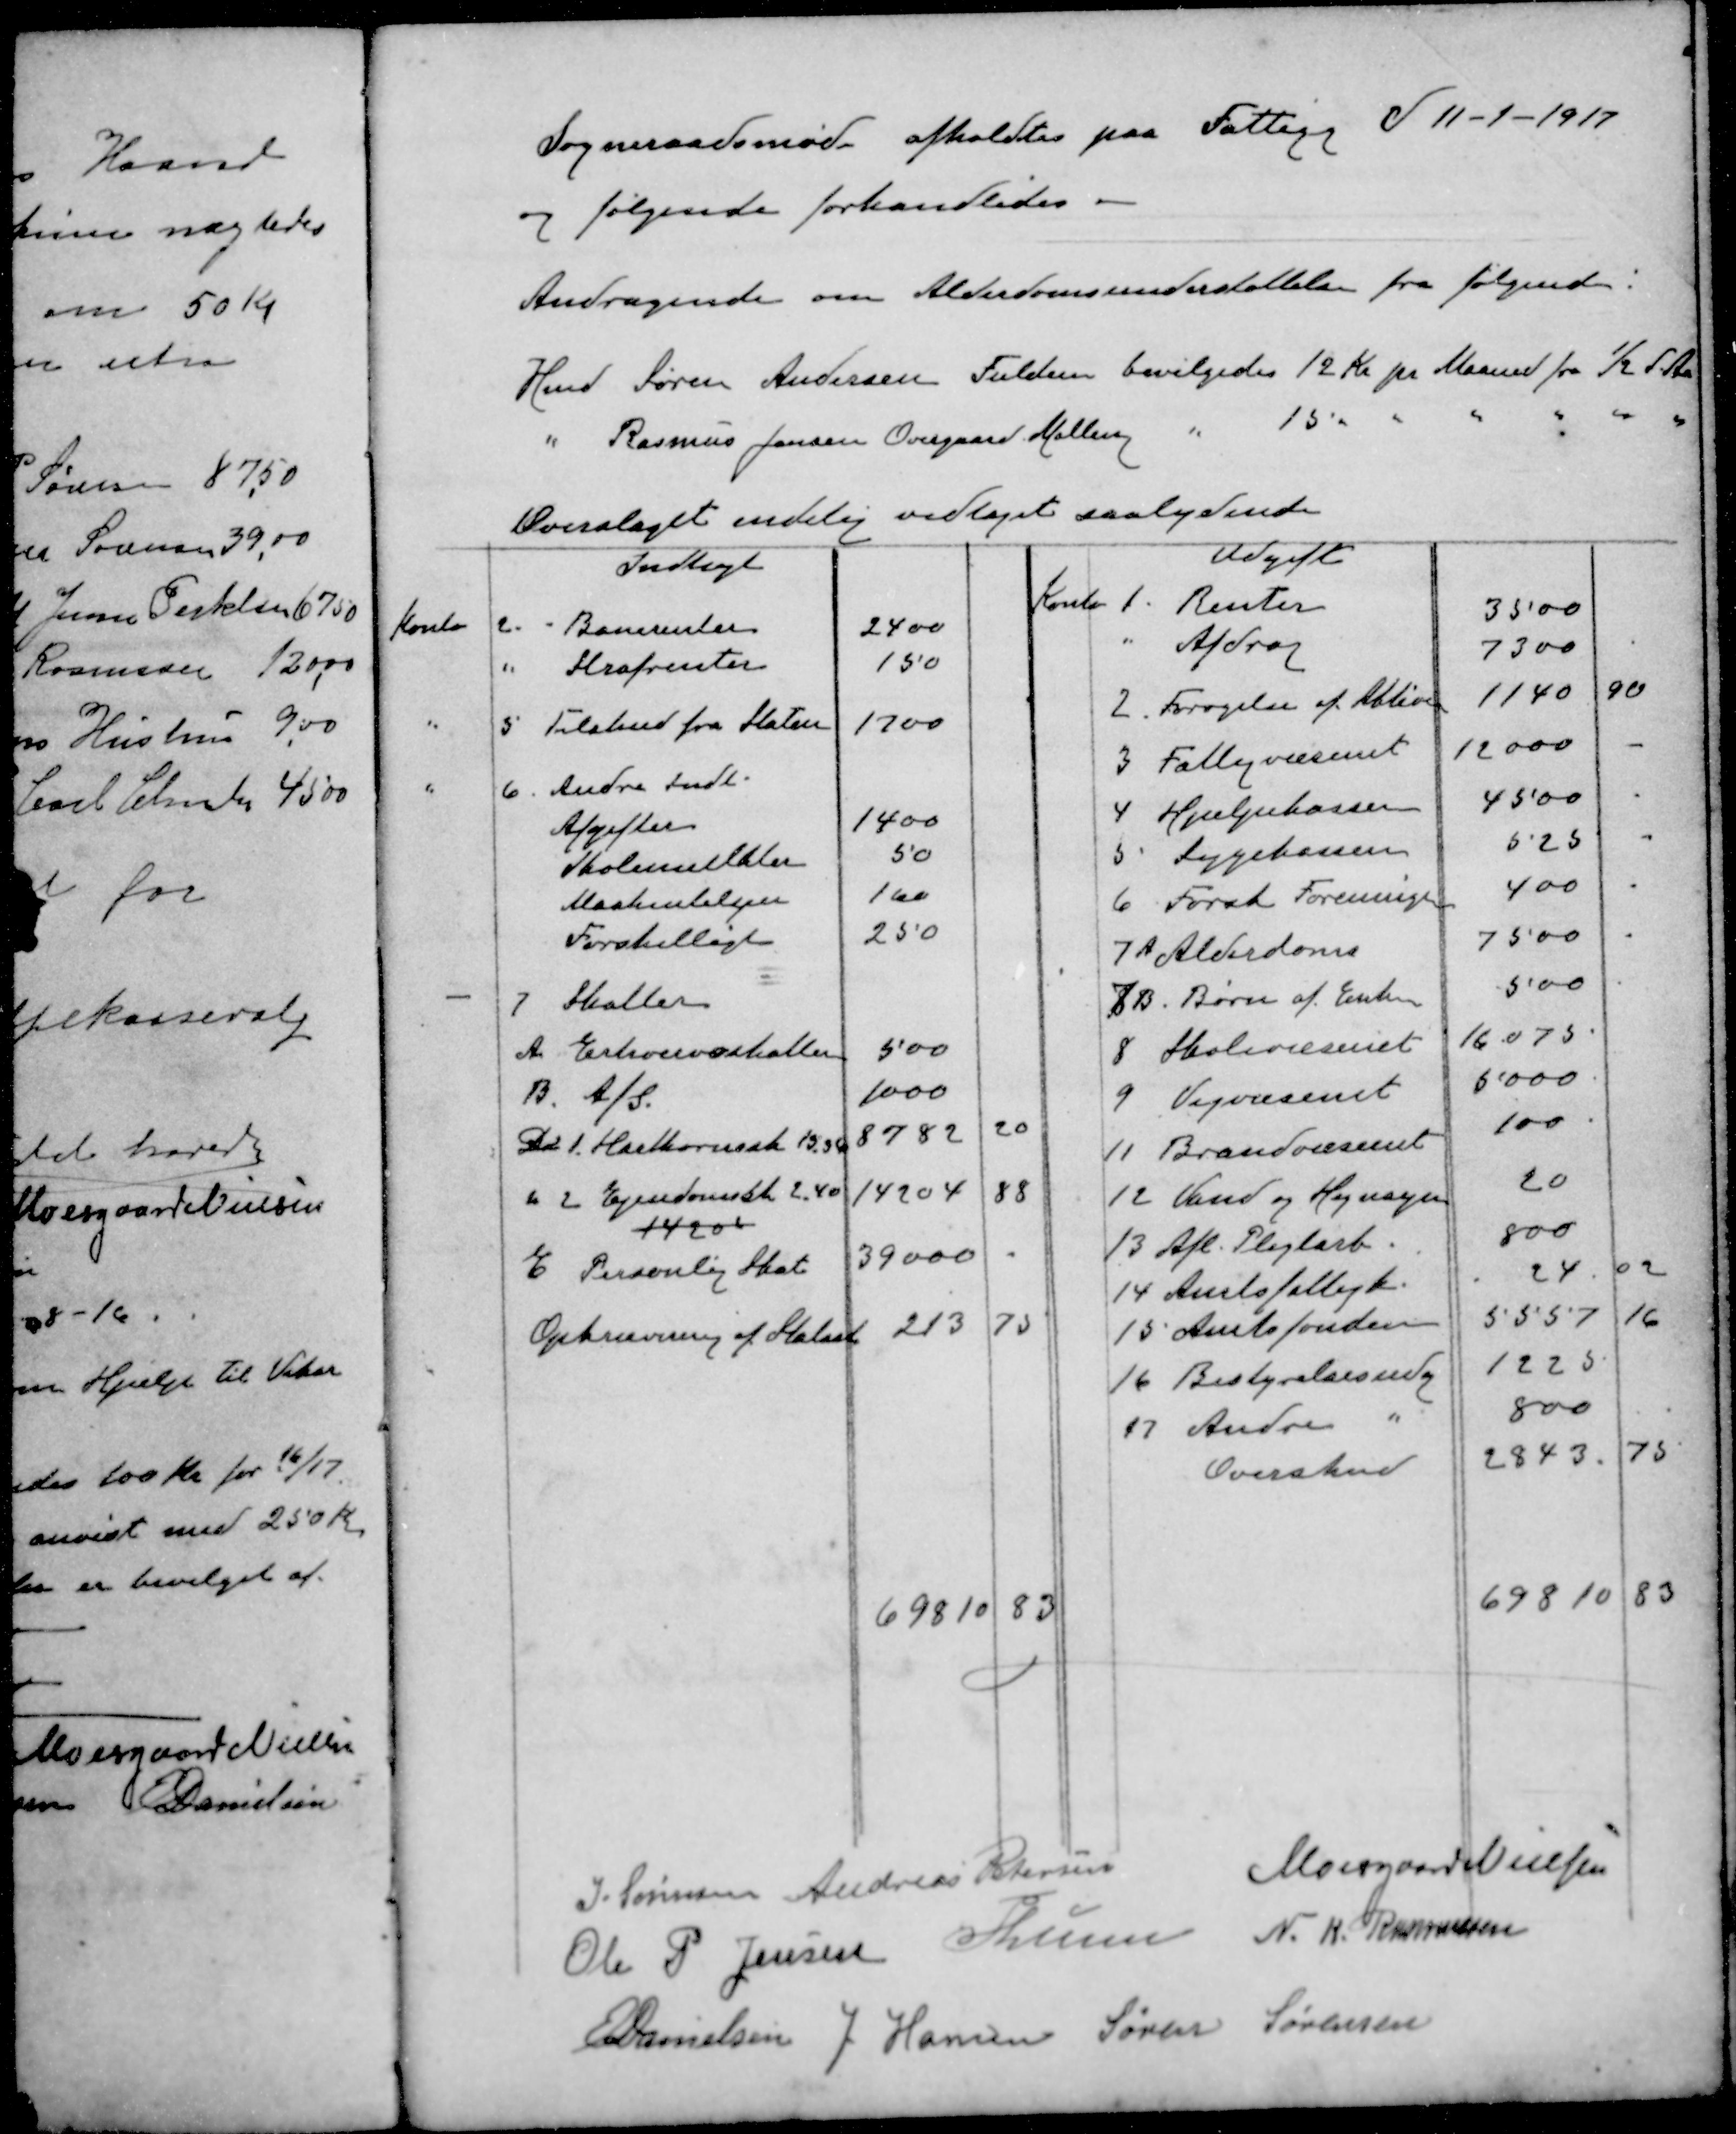
Transskription:
Sogneraadsmøde afholdtes paa Fattigg d 11-1-1917
og følgende forhandledes.
Andragende om Alderdomsunderstøttelse fra følgende:
Hmd Søren Andersen Fulden bevilgedes 12 Kr pr Maaned fra 1/2 d Aa
" Rasmus Jensen Overgaard Malling " 15 " " " " " "
Overslaget endelig vedtaget saalydende
Indtægt
Konto
2
Banerenter
2400
"
Strafrenter
150
"
5
Tilskud fra Staten
1700
"
6
Andre Indt.
Afgifter
1400
Skolemulkter
50
Maskintilsyn
160
Forskelligt
250
7
Skatter
A Erhvervsskatter
500
B. A/S.
1000
D 1. Hartkornssk 15.36
8782 20
" 2 Ejendomst 2,40
14204 88
14204
E Personlig Skat
39000
Opkrævning af Statssk
213 73
69810 83
Udgift
Konto
1. Renter
3500
" Afdrag
7300
2. Forøgelse af Aktiver
1140 90
3 Fattigvæsenet
12000
4 Hjælpekassen
4500
5 Sygekassen
525
6 Forsk Foreningen
400
7A Alderdoms
7500
7  B. Børn af Enker
500
8 Skolevæsenet
16075
9 Vejvæsenet
5000
11 Brandvæsenet
100.
12 Vand og Hegnsyn
20
13 Afl. Pligtarb.
800
14 Amtsfattigk
24 02
15 Amtsfonden
5557 16
16 Bestyrelsesudg
1225
17. Andre "
800
Overskud
2843 75
69810 83
J Sørensen
Andreas Petersen
Moesgaard Nielsen
Ole P Jensen
P Lunn
N. K. Rasmussen
E Danielsen
J Hansen
Søren Sørensen